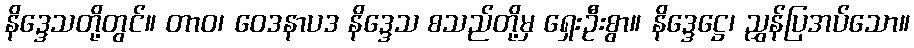
နိဒ္ဒေသတို့တွင်။ တာဝ၊ ဝေဒနာပဒ နိဒ္ဒေသ စသည်တို့မှ ရှေးဦးစွာ။ နိဒ္ဒေဋ္ဌေ၊ ညွှန်ပြအပ်သော။